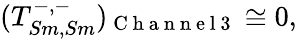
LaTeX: \begin{array}{r}{(T_{Sm,Sm}^{-,-})_{\mathrm{~C~h~a~n~n~e~l~3~}}\cong 0,}\end{array}